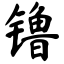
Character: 镥